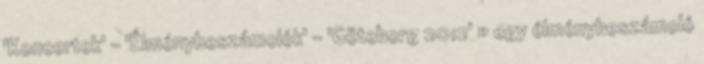
'Koncertek' - 'Élménybeszámolók' - 'Göteborg 2012' » egy élménybeszámoló